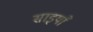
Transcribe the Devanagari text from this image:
साइयाँ